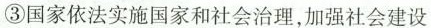
③国家依法实施国家和社会治理，加强社会建设